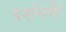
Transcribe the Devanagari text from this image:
दर्शनके